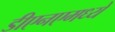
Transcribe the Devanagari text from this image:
डीएनएमध्ये